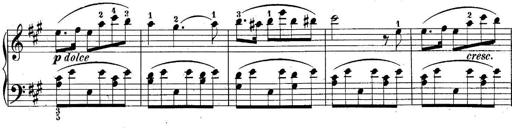
Title: 10 Sonatines progressives
Composer: Anton Schmoll